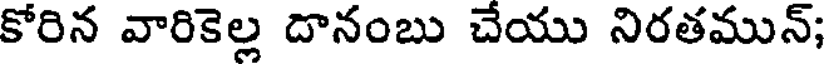
కోరిన వారికెల్ల దానంబు చేయు నిరతమున్;